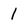
Character: 1